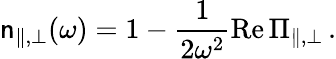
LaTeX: \mathsf{n}_{\| ,\bot}(\omega)=1-\frac{{1}}{{2\omega^{2}}}\mathrm{{Re}}\, \Pi_{\| ,\bot}\, .